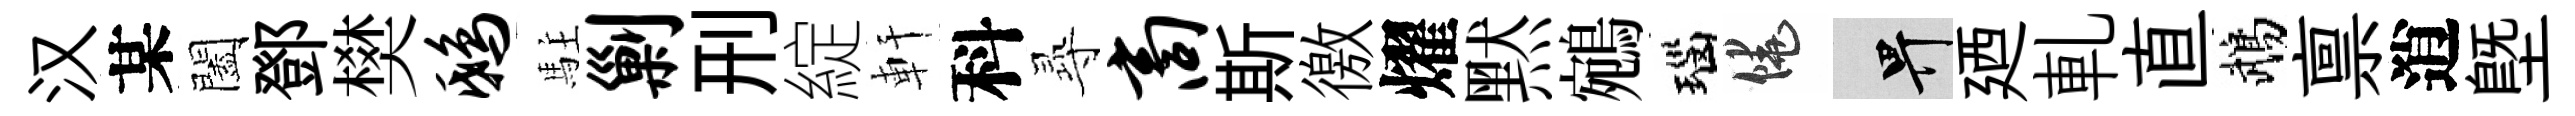
汉某闔鄧樊鸱駐剿刑綻軒科𡬶商斯徼燿黙鵷瑙饒畀廼軋直鵡禀逍塈